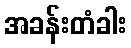
အခန်းတံခါး